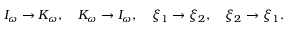
I _ { \omega } \rightarrow K _ { \omega } , \quad K _ { \omega } \rightarrow I _ { \omega } , \quad \xi _ { 1 } \rightarrow \xi _ { 2 } , \quad \xi _ { 2 } \rightarrow \xi _ { 1 } .